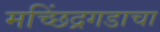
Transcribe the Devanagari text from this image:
मच्छिंद्रगडाचा